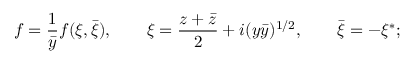
f = \frac { 1 } { \bar { y } } f ( \xi , \bar { \xi } ) , \qquad \xi = \frac { z + \bar { z } } { 2 } + i ( y \bar { y } ) ^ { 1 / 2 } , \qquad \bar { \xi } = - \xi ^ { * } ;